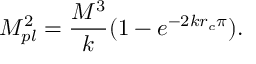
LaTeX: M _ { p l } ^ { 2 } = \frac { M ^ { 3 } } { k } ( 1 - e ^ { - 2 k r _ { c } \pi } ) .